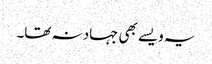
یہ ویسے بھی جہاد نہ تھا۔